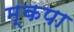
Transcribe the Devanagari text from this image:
म्कपा